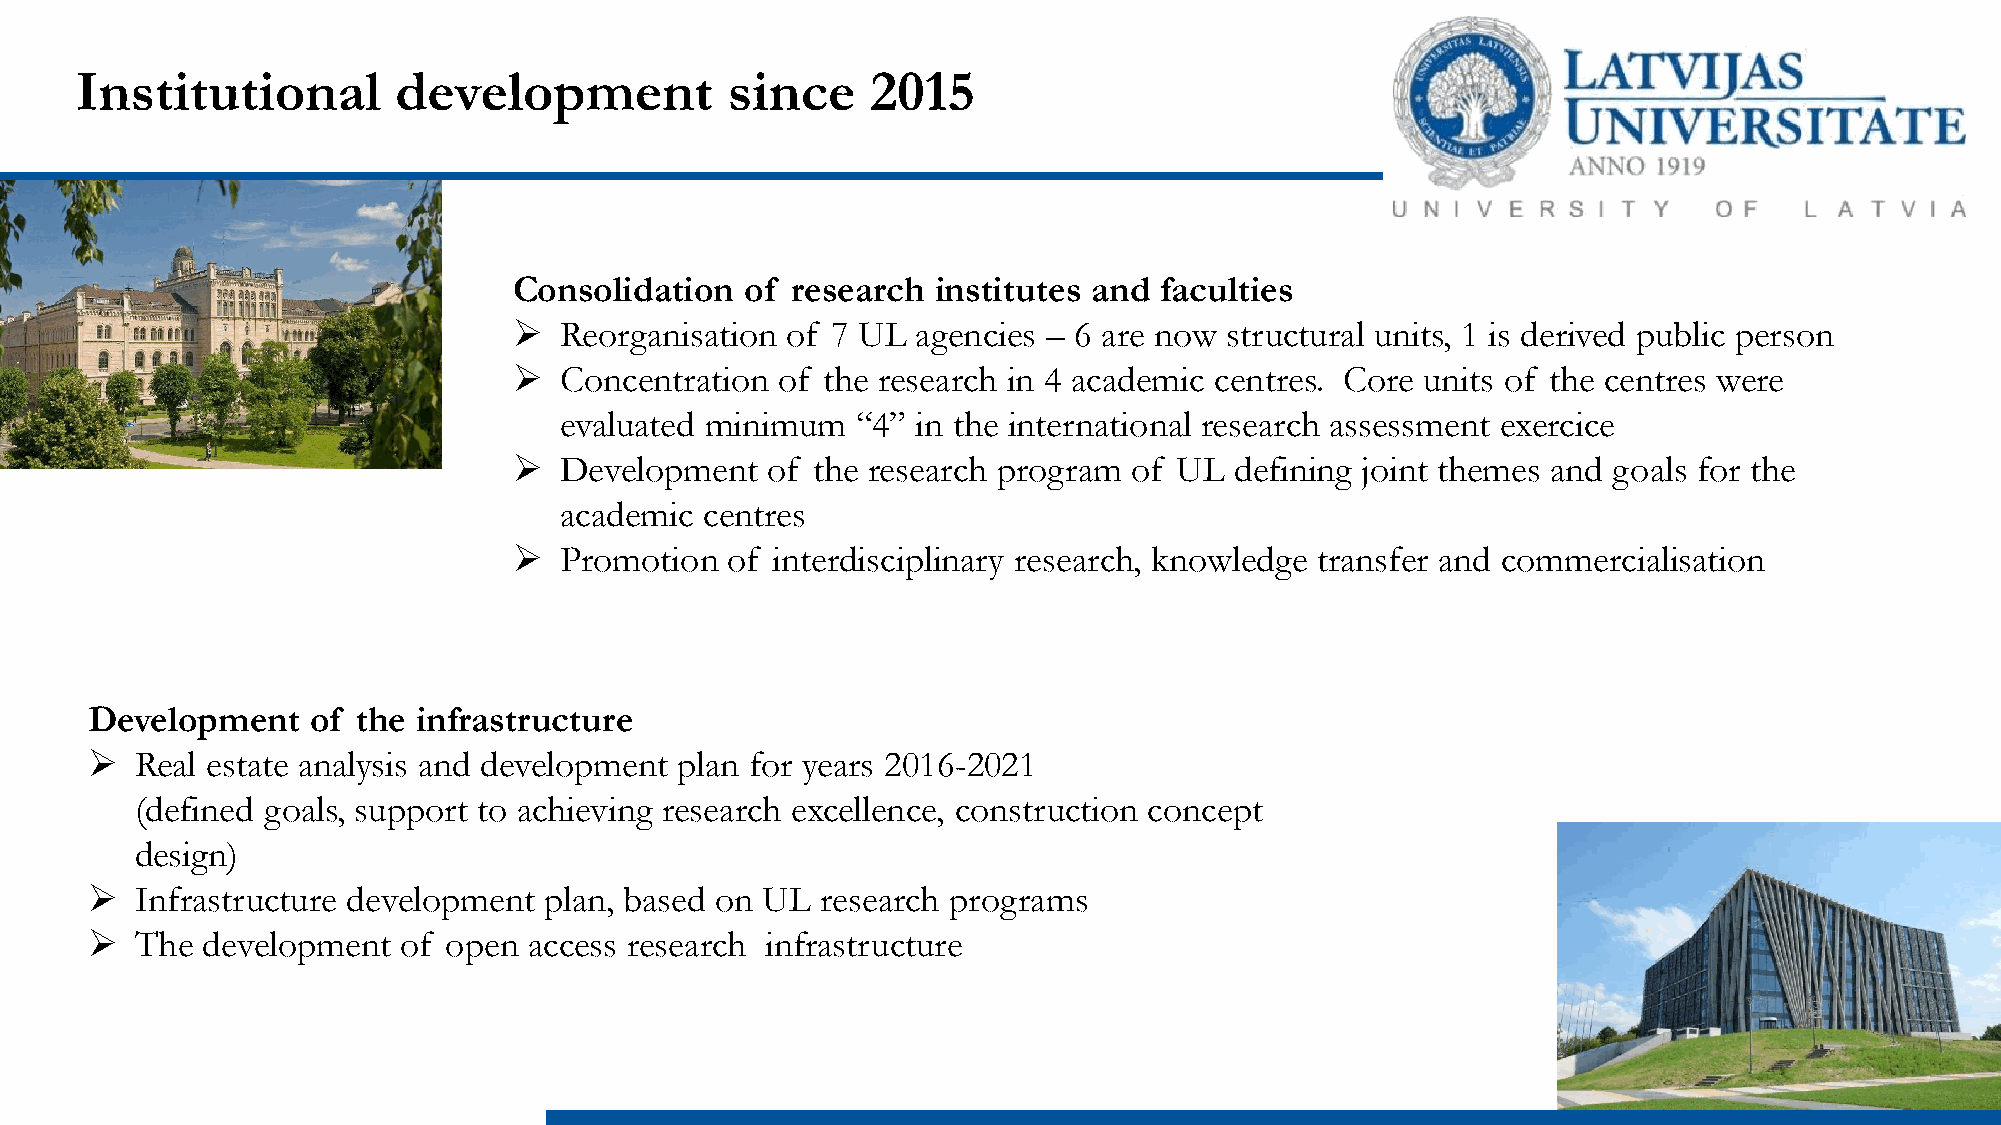
Institutional        development           since     2015
 Consolidation  of research  institutes and faculties
   Reorganisation of 7 UL  agencies – 6 are now structural units, 1 is derived public person
   Concentration of the research in 4 academic centres. Core units of the centres were
 evaluated minimum   “4” in the international research assessment exercice
   Development   of the research program of UL  defining joint themes and goals for the
 academic  centres
   Promotion  of interdisciplinary research, knowledge transfer and commercialisation
 Development    of the infrastructure
   Real estate analysis and development plan for years 2016-2021
 (defined goals, support to achieving research excellence, construction concept
 design)
   Infrastructure development plan, based on UL research programs
   The development  of open  access research infrastructure